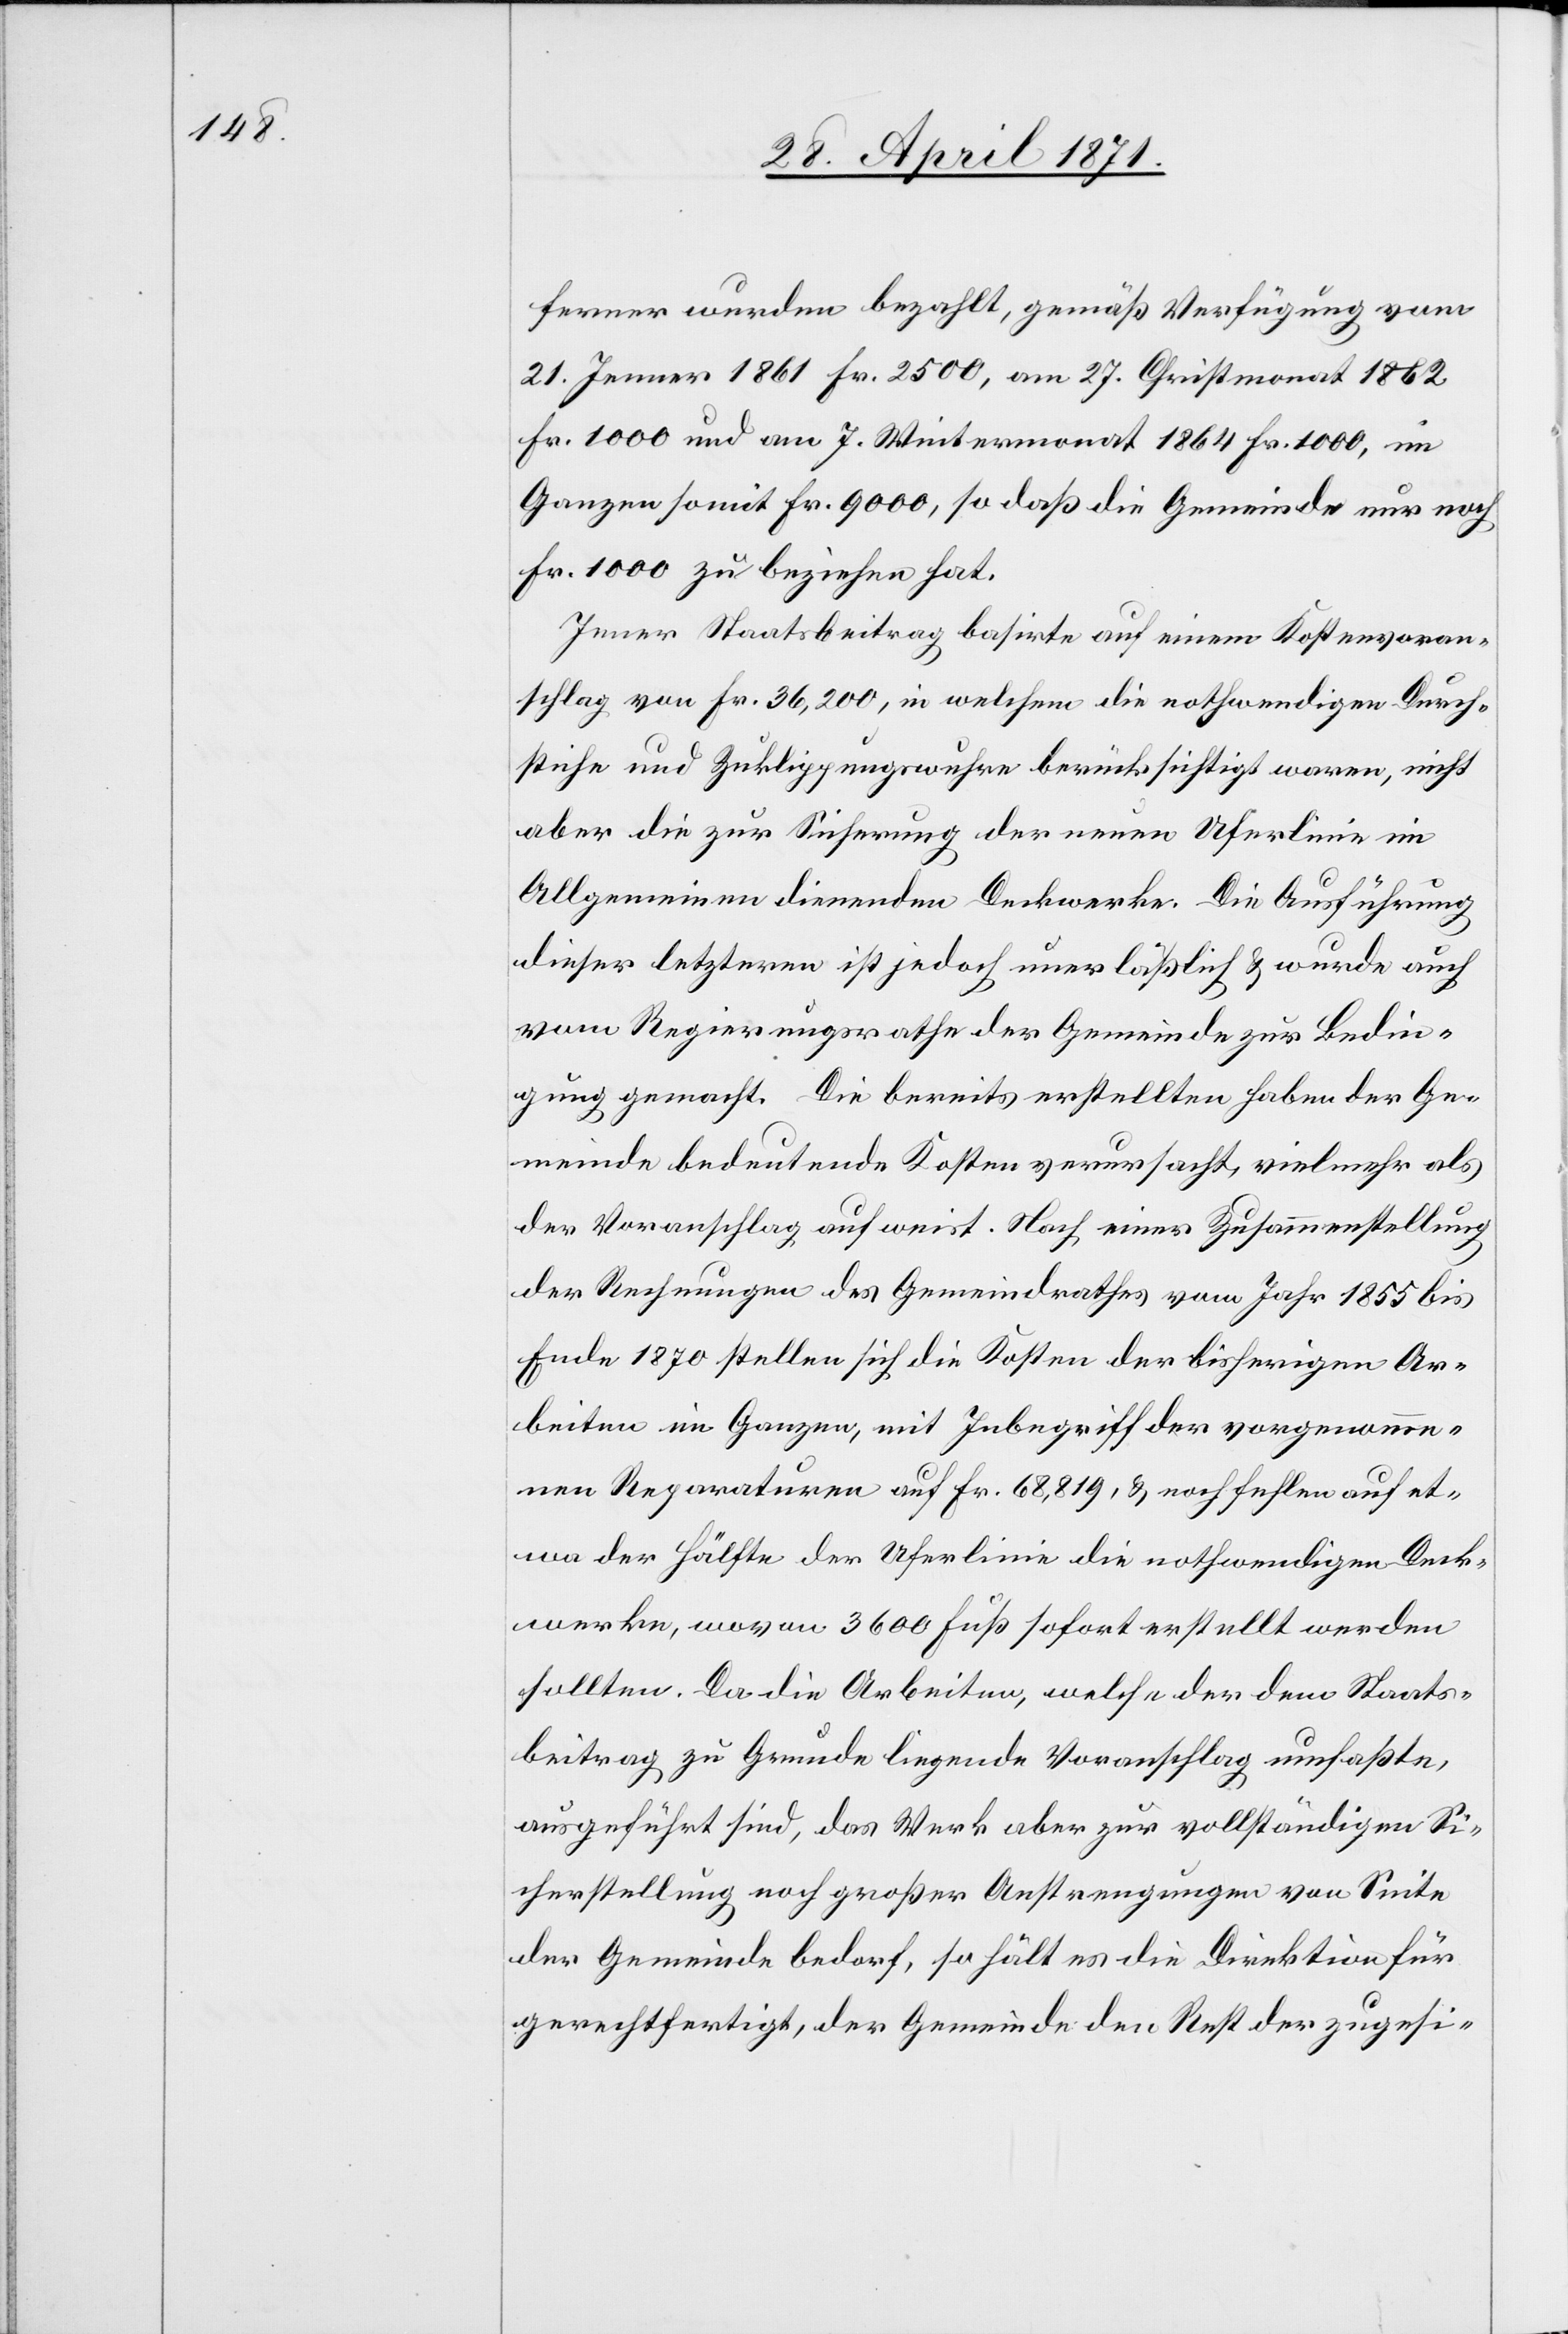
ferner wurden bezahlt, gemäß Verfügung vom
21. Jenner 1861 Fr. 2500, am 27. Christmonat 1862
Fr. 1000 und am 7. Wintermonat 1864 Fr. 1000, im
Ganzen somit Fr. 9000, so daß die Gemeinde nur noch
Fr. 1000 zu beziehen hat.
Jener Staatsbeitrag basierte auf einem Kostenvoran¬
schlag von Fr.36,200, in welchem die nothwendigen Durch¬
stiche und Zuklippungswuhre berücksichtigt waren, nicht
aber die zur Sicherung der neuen Uferlinie im
Allgemeinen dienenden Deckwerke. Die Ausführung
dieser letztern ist jedoch unerläßlich u. wurde auch
vom Regierungsrathe der Gemeinde zur Bedin¬
gung gemacht. Die bereits erstellten haben der Ge¬
meinde bedeutende Kosten verursacht, vielmehr als
der Voranschlag aufweist. Nach einer Zusammenstellung
der Rechnungen des Gemeindrathes vom Jahr 1855 bis
Ende 1870 stellen sich die Kosten der bisherigen Ar¬
beiten im Ganzen, mit Inbegriff der vorgenomme¬
nen Reparaturen auf Fr. 68,819, u. noch fehlen auf et¬
wa der Hälfte der Uferlinie die nothwendigen Deck¬
werke, wovon 3600 Fuß sofort erstellt werden
sollten. Da die Arbeiten, welche der dem Staats¬
beitrag zu Grunde liegende Voranschlag umfaßte,
ausgeführt sind, das Werk aber zur vollständigen Si¬
cherstellung noch großer Anstrengungen von Seite
der Gemeinde bedarf, so hält es die Direktion für
gerechtfertigt, der Gemeinde den Rest der zugesi-